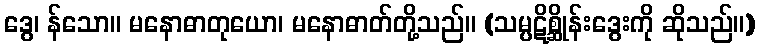
ဒွေ၊ န်သော။ မနောဓာတုယော၊ မနောဓာတ်တို့သည်။ (သမ္ပဋိစ္ဆိုန်းဒွေးကို ဆိုသည်။)